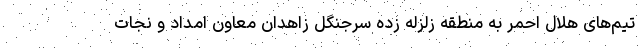
تیم‌های هلال احمر به منطقه زلزله زده سرجنگل زاهدان معاون امداد و نجات